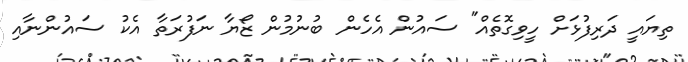
ތިޔައީ ދަރިފުޅަށް ހީވިގޮތެއް" ސައުން އެހެން ބުނުމުން ޒޯޔާ ނަފުރަތާ އެކު ސައުންނާއި